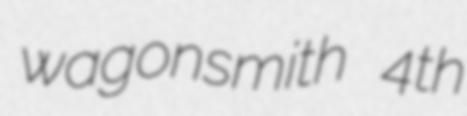
wagonsmith 4th